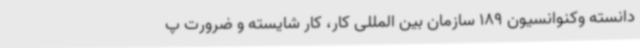
دانسته وکنوانسیون 189 سازمان بین المللی کار، کار شایسته و ضرورت پ